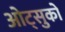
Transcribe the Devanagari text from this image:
ओट्सुको